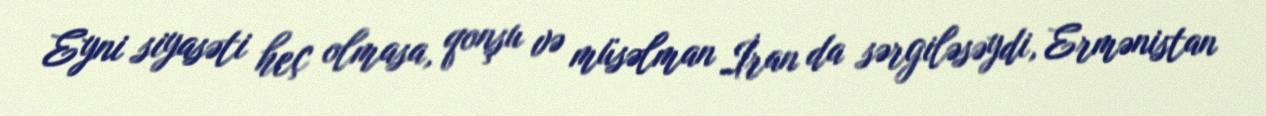
Eyni siyasəti heç olmasa, qonşu və müsəlman İran da sərgiləsəydi, Ermənistan